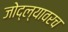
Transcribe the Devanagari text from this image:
जोद्ल्यावरच